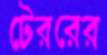
টেররের